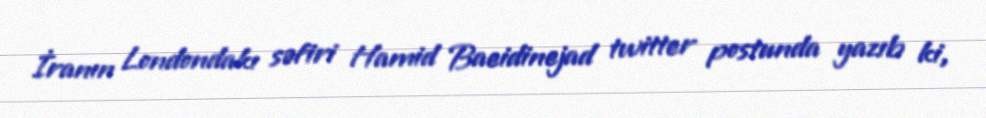
İranın Londondakı səfiri Hamid Baeidinejad twitter postunda yazıb ki,